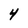
Character: 4